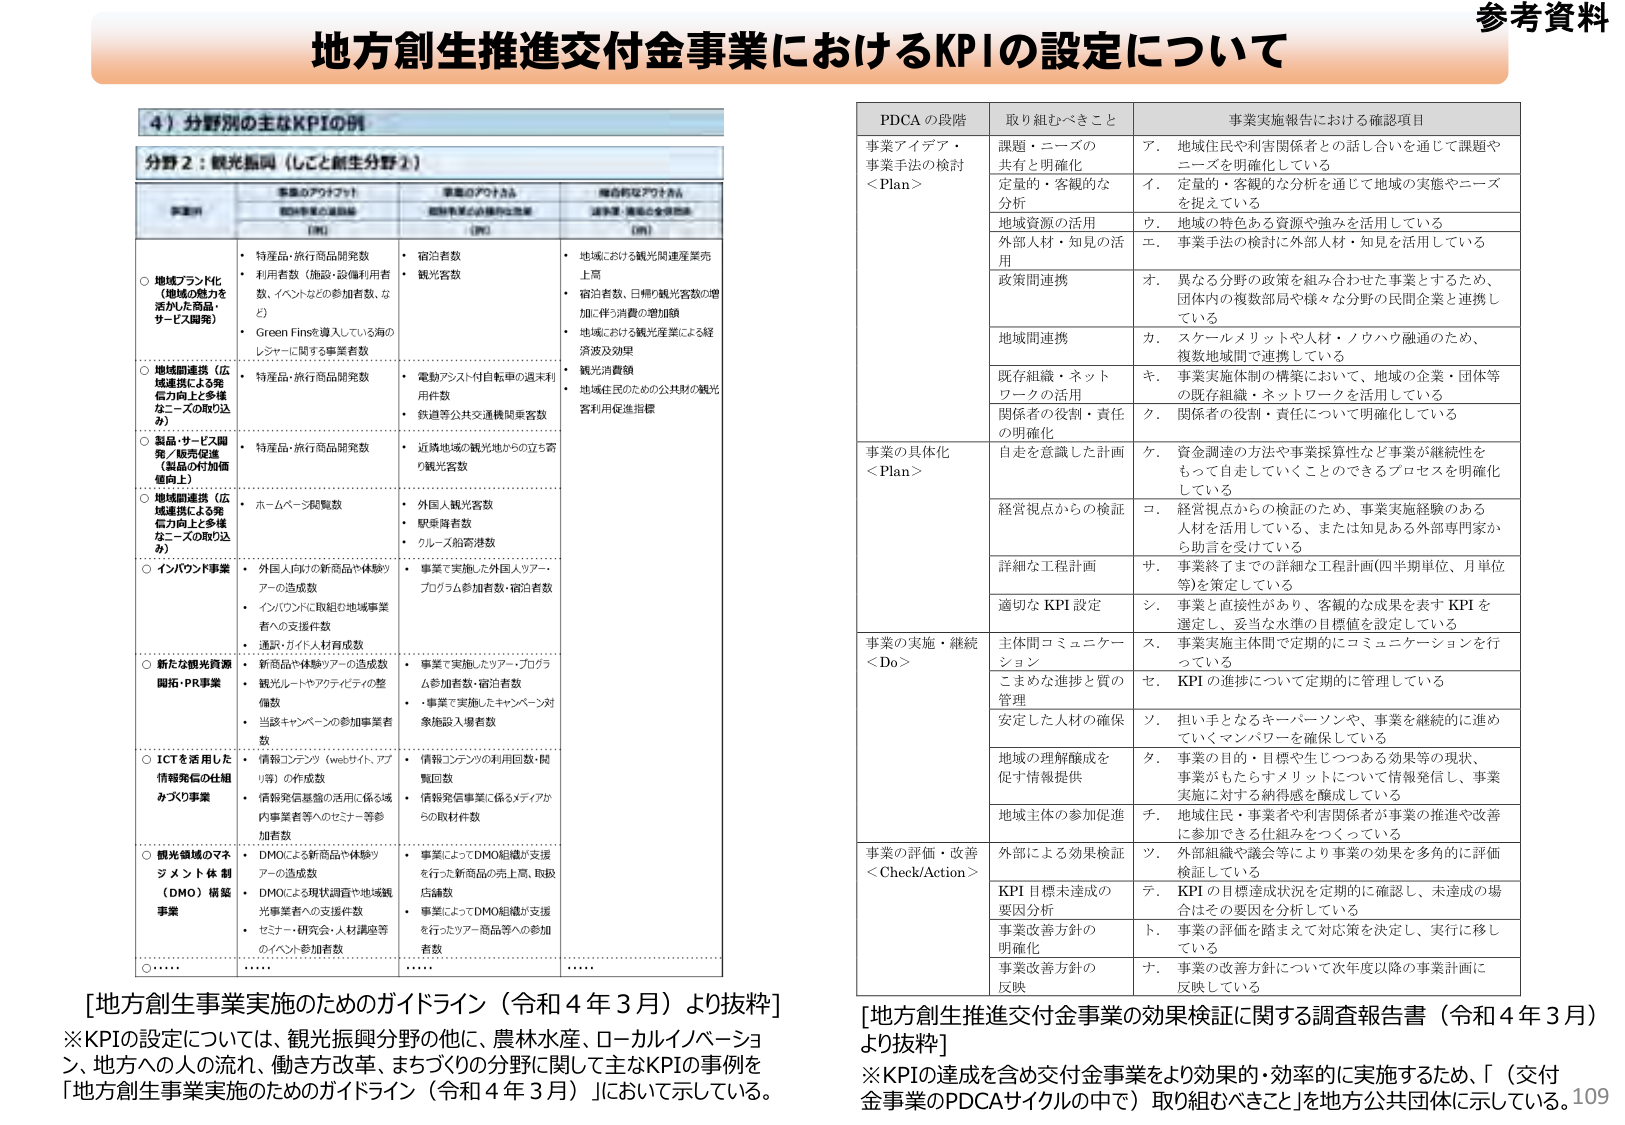
参考資料
地方創生推進交付金事業におけるKPIの設定について

4）分野別の主なKPIの例
分野2：観光振興（しごと創生分野②）

事業のアウトプット
（数値）
事業のアウトカム
（成果）
期待されるアウトカム
（達成度・満足度の定量化）

○ 地域ブランド化（地域の魅力を活かした商品・サービス開発）
・ 特産品・旅行商品開発数
・ 利用者数（施設・設備利用者数、イベントなどの参加者数、など）
・ Green Fins導入している海のレジャーに関する事業者数
・ 宿泊者数
・ 観光客数
・ 地域における観光関連業販売上高
・ 宿泊者数、日帰り観光客数の増加に伴う消費の増加額
・ 地域における観光産業による経済波及効果
・ 観光消費額
・ 地域住民のための公共財の観光客利用促進指標

○ 地域間連携（広域連携による発信力向上と多様なニーズの取り込み）
・ 特産品・旅行商品開発数
・ 電動アシスト自転車の週末利用件数
・ 鉄道等公共交通機関乗客数

○ 製品・サービス開発／販売促進（製品の付加価値向上）
・ 特産品・旅行商品開発数
・ 近隣地域の観光地からの立ち寄り観光客数

○ 地域間連携（広域連携による発信力向上と多様なニーズの取り込み）
・ ホームページ閲覧数
・ 外国人観光客数
・ 駅乗降者数
・ クルーズ船寄港数

○ インバウンド事業
・ 外国人向けの新商品や体験ツアーの造成数
・ インバウンドに取組む地域事業者への支援件数
・ 通訳・ガイド人材育成数
・ 事業で実施した外国人ツアー・プログラム参加者数・宿泊者数

○ 新たな観光資源開拓・PR事業
・ 新商品や体験ツアーの造成数
・ 観光ルートやアクティビティの整備数
・ 当該キャンペーンの参加事業者数
・ 事業で実施したツアー・プログラム参加者数・宿泊者数
・ 事業で実施したキャンペーン対象施設入場者数

○ ICTを活用した情報発信の仕組みづくり事業
・ 情報コンテンツ（webサイト、アプリ等）の作成数
・ 情報発信基盤の活用に係る域内事業者等へのセミナー等参加者数
・ 情報コンテンツの利用回数・閲覧回数
・ 情報発信事業に係るメディアからの取材件数

○ 観光領域のマネジメント体制（DMO）構築事業
・ DMOによる新商品や体験ツアーの造成数
・ DMOによる現状調査や地域観光事業者への支援件数
・ セミナー・研究会・人材講座等のイベント参加者数
・ 事業によってDMO組織が支援を行った新商品の売上高、取扱店舗数
・ 事業によってDMO組織が支援を行ったツアー・商品等への参加者数

○ ……
……
……
……

[地方創生事業実施のためのガイドライン（令和4年3月）より抜粋]
※KPIの設定については、観光振興分野の他に、農林水産、ローカルイノベーション、地方への人の流れ、働き方改革、まちづくりの分野に関して主なKPIの事例を「地方創生事業実施のためのガイドライン（令和4年3月）」において示している。

PDCAの段階　取り組むべきこと　事業実施報告における確認項目

事業アイデア・事業手法の検討＜Plan＞
課題・ニーズの共有と明確化
定量的・客観的な分析
地域資源の活用
外部人材・知見の活用
政策間連携
地域間連携
既存組織・ネットワークの活用
関係者の役割・責任の明確化

ア．地域住民や利害関係者との話し合いを通じて課題やニーズを明確化している
イ．定量的・客観的な分析を通じて地域の実態やニーズを捉えている
ウ．地域の特色ある資源や強みを活用している
エ．事業手法の検討に外部人材・知見を活用している
オ．異なる分野の政策を組み合わせた事業とするため、団体内の複数部局や様々な分野の民間企業と連携している
カ．スケールメリットや人材・ノウハウ融通のため、複数地域間で連携している
キ．事業実施体制の構築において、地域の企業・団体等の既存組織・ネットワークを活用している
ク．関係者の役割・責任について明確化している

事業の具体化＜Plan＞
自走を意識した計画
経営視点からの検証
詳細な工程計画
適切なKPI設定

ケ．資金調達の方法や事業採算性など事業が継続性をもって自走していくことのできるプロセスを明確化している
コ．経営視点からの検証のため、事業実施経験のある人材を活用している、または知見ある外部専門家から助言を受けている
サ．事業終了までの詳細な工程計画（四半期単位、月単位等）を策定している
シ．事業と直接性があり、客観的な成果を表すKPIを適定し、妥当な水準の目標値を設定している

事業の実施・継続＜Do＞
主体間コミュニケーション
こまめな進捗と質の管理
安定した人材の確保
地域の理解醸成を促す情報提供
地域主体の参加促進

ス．事業実施主体間で定期的にコミュニケーションを行っている
セ．KPIの進捗について定期的に管理している
ソ．担い手となるキーパーソンや、事業を継続的に進めていくマンパワーを確保している
タ．事業の目的・目標や生じつつある効果等の現状、事業がもたらすメリットについて情報発信し、事業実施に対する納得感を醸成している
チ．地域住民・事業者や利害関係者が事業の推進や改善に参加できる仕組みをつくっている

事業の評価・改善＜Check/Action＞
外部による効果検証
KPI目標未達成の要因分析
事業改善方針の明確化
事業改善方針の反映

ツ．外部組織や議会等により事業の効果を多角的に評価検証している
テ．KPIの目標達成状況を定期的に確認し、未達成の場合はその要因を分析している
ト．事業の評価を踏まえて対応策を決定し、実行に移している
ナ．事業の改善方針について次年度以降の事業計画に反映している

[地方創生推進交付金事業の効果検証に関する調査報告書（令和4年3月）より抜粋]
※KPIの達成を含め交付金事業をより効果的・効率的に実施するため、「（交付金事業のPDCAサイクルの中で）取り組むべきこと」を地方公共団体に示している。

109